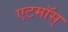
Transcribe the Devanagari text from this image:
एटमॉस्